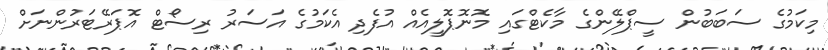
މިކަމުގެ ސަބަބުން ސީޕްލޭންގެ މާކެޓްގައި މޮނޮޕޮލީއެއް އުފެދި އެކަމުގެ އަސަރު ރިސޯޓް އޮޕަރޭޓަރުންނަށް